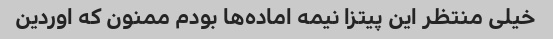
خیلی منتظر این پیتزا نیمه اماده‌ها بودم ممنون که اوردین